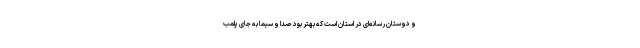
و دوستان رسانه‌ای در استان است که بهتر بود صدا و سیما به جای پلمب